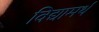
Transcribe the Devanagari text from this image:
विद्यामर्थं